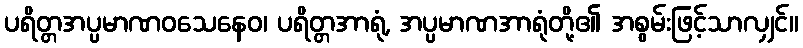
ပရိတ္တအပ္ပမာဏဝသေနေဝ၊ ပရိတ္တအာရုံ, အပ္ပမာဏအာရုံတို့၏ အစွမ်းဖြင့်သာလျှင်။